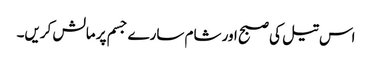
اس تیل کی صبح اور شام سارے جسم پر مالش کریں۔